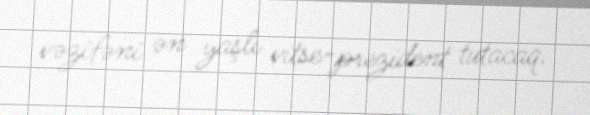
vəzifəni ən yaşlı vitse-prezident tutacaq.